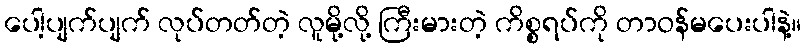
ပေါ့ပျက်ပျက် လုပ်တတ်တဲ့ လူမို့လို့ ကြီးမားတဲ့ ကိစ္စရပ်ကို တာဝန်မပေးပါနဲ့။